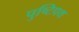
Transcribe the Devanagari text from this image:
पुष्टिपथ